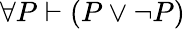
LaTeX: \forall P\vdash(P\lor\lnot P)